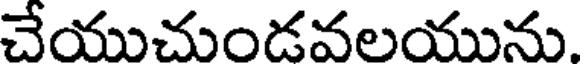
చేయుచుండవలయును